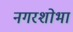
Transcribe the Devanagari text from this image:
नगरशोभा